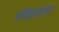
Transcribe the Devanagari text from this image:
चोखाळल्या